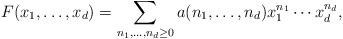
LaTeX: \begin{align*} F (x_1, \ldots, x_d) = \sum_{n_1, \ldots, n_d \geq 0} a (n_1, \ldots, n_d) x_1^{n_1} \cdots x_d^{n_d}, \end{align*}